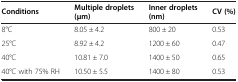
| Conditions | Multiple droplets (μm) | Inner droplets (nm) | CV (%) |
 | --- | --- | --- | --- |
 | 8°C | 8.05 ± 4.2 | 800 ± 20 | 0.53 |
 | 25°C | 8.92 ± 4.2 | 1200 ± 60 | 0.47 |
 | 40°C | 10.81 ± 7.0 | 1400 ± 50 | 0.65 |
 | 40°C with 75% RH | 10.50 ± 5.5 | 1400 ± 80 | 0.53 |